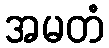
အမတံ